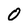
Character: 0